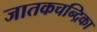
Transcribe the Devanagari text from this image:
जातकचन्द्रिका